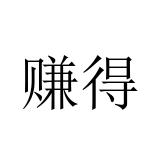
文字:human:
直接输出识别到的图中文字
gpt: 赚得